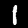
Digit: 1